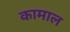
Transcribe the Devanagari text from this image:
कामाल